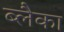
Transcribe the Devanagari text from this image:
ब्लैका